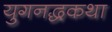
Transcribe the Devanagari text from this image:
युगनद्धकथा